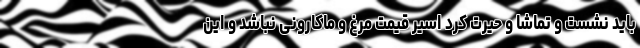
باید نشست و تماشا و حیرت کرد اسیر قیمت مرغ و ماکارونی نباشد و این